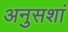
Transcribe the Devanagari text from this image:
अनुसशां